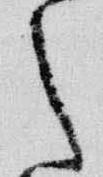
之